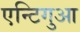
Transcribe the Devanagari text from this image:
एन्टिगुआ